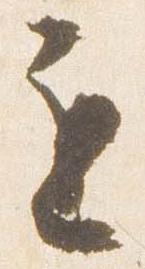
遅